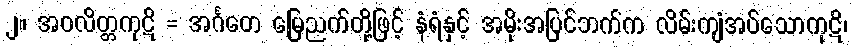
၂။ အဝလိတ္တကုဋိ = အင်္ဂတေ မြေညက်တို့ဖြင့် နံရံနှင့် အမိုးအပြင်ဘက်က လိမ်းကျံအပ်သောကုဋိ၊